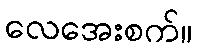
လေအေးစက်။